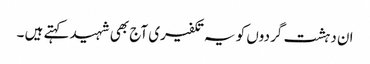
ان دہشت گردوں کو یہ تکفیری آج بھی شہید کہتے ہیں ۔